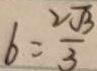
b = \frac { 2 \sqrt { 3 } } { 3 }